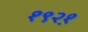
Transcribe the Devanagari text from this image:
१९२१़